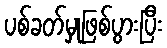
ပစ်ခတ်မှုဖြစ်ပွားပြီး